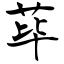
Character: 荜